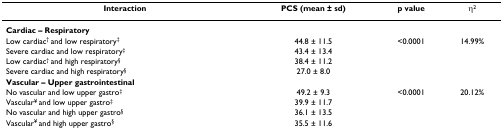
| Interaction | PCS (mean ± sd) | p value | η2 |
 | --- | --- | --- | --- |
 | Cardiac – Respiratory |  |  |  |
 | Low cardiac† and low respiratory‡ | 44.8 ± 11.5 | <0.0001 | 14.99% |
 | Severe cardiac and low respiratory‡ | 43.4 ± 13.4 |  |  |
 | Low cardiac† and high respiratory§ | 38.4 ± 11.2 |  |  |
 | Severe cardiac and high respiratory§ | 27.0 ± 8.0 |  |  |
 | Vascular – Upper gastrointestinal |  |  |  |
 | No vascular and low upper gastro‡ | 49.2 ± 9.3 | <0.0001 | 20.12% |
 | Vascular¥ and low upper gastro‡ | 39.9 ± 11.7 |  |  |
 | No vascular and high upper gastro§ | 36.1 ± 13.5 |  |  |
 | Vascular¥ and high upper gastro§ | 35.5 ± 11.6 |  |  |